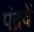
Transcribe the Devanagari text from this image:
पंद्रवें